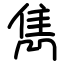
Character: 雋